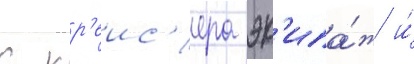
с кр'еис'ера эк'ипа́ж и́